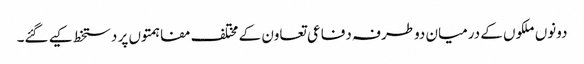
دونوں ملکوں کے درمیان دوطرفہ دفاعی تعاون کے مختلف مفاہمتوں پر دستخط کیے گئے۔